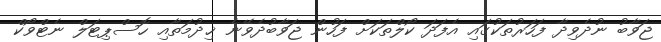
ޖަވާބު ނުދެވިދާ ފަހަރުތަކުގައި އެފަދަ ކޯލްތަކަށް ފަހުން ޖަވާބުދެވޭނެ ޚިދުމަތާއި ހޮސްޕިޓަލް ނެޓްވޯކް